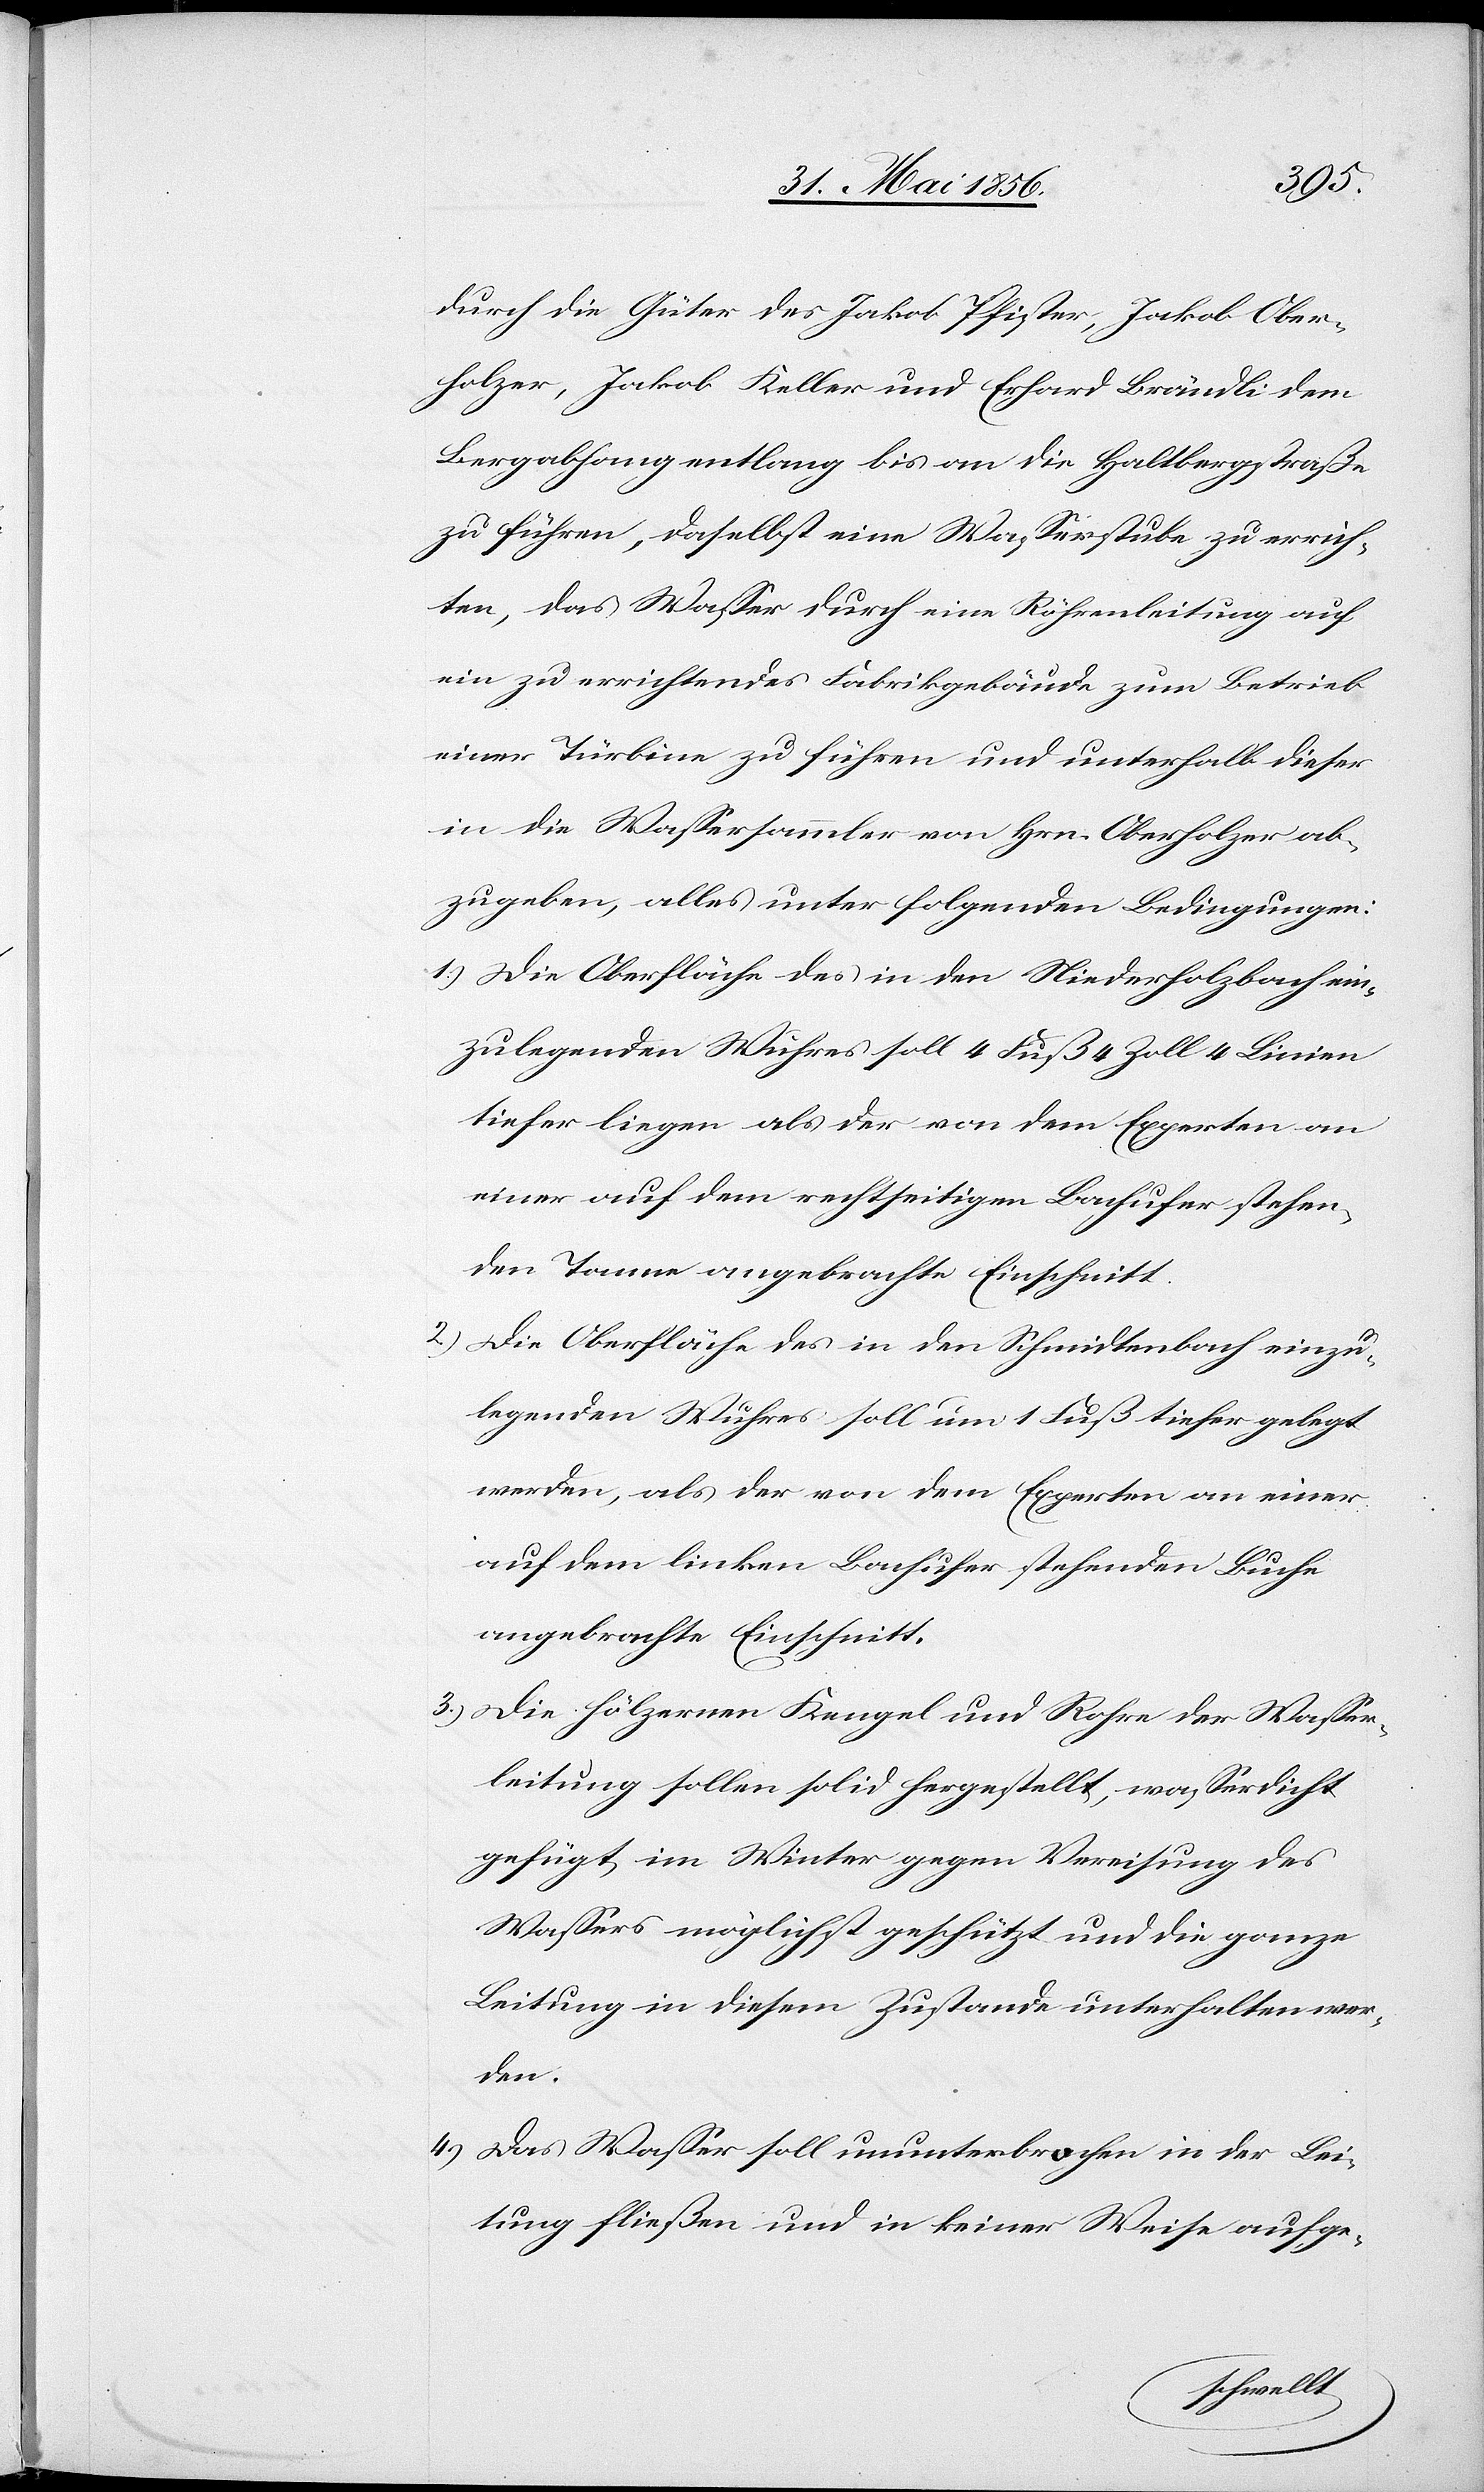
durch die Güter des Jakob Pfister, Jakob Ober¬
holzer, Jakob Keller und Erhard Brändli dem
Bergabhang entlang bis an die Haltbergstraße
zu führen, daselbst eine Wasserstube zu errich¬
ten, das Wasser durch eine Röhrenleitung auf
ein zu errichtendes Fabrikgebäude zum Betrieb
einer Türbine zu führen und unterhalb dieser
in die Wassersammler von Hrn. Oberholzer ab¬
zugeben, alles unter folgenden Bedingungen:
1.) Die Oberfläche des in den Niederholzbach ein¬
zulegenden Wuhres soll 4 Fuß 4 Zoll 4 Linien
tiefer liegen als der von dem Experten an
einer auf dem rechtseitigen Bachufer stehen¬
den Tanne angebrachte Einschnitt.
2.) Die Oberfläche des in den Schmidtenbach einzu¬
legenden Wuhres soll um 1 Fuß tiefer gelegt
werden, als der von dem Experten an einer
auf dem linken Bachufer stehenden Buche
angebrachte Einschnitt.
3.) Die hölzernen Kengel und Rohre der Wasser¬
leitung sollen solid hergestellt, wasserdicht
gefügt, im Winter gegen Vereisung des
Wassers möglichst geschützt und die ganze
Leitung in diesem Zustande unterhalten wer¬
den.
4.) Das Wasser soll ununterbrochen in der Lei¬
tung fließen und in keiner Weise aufge-